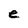
Character: e